Senior Leaving Certificate Examination (including Day School Certificate (Higher) General paper), 1949
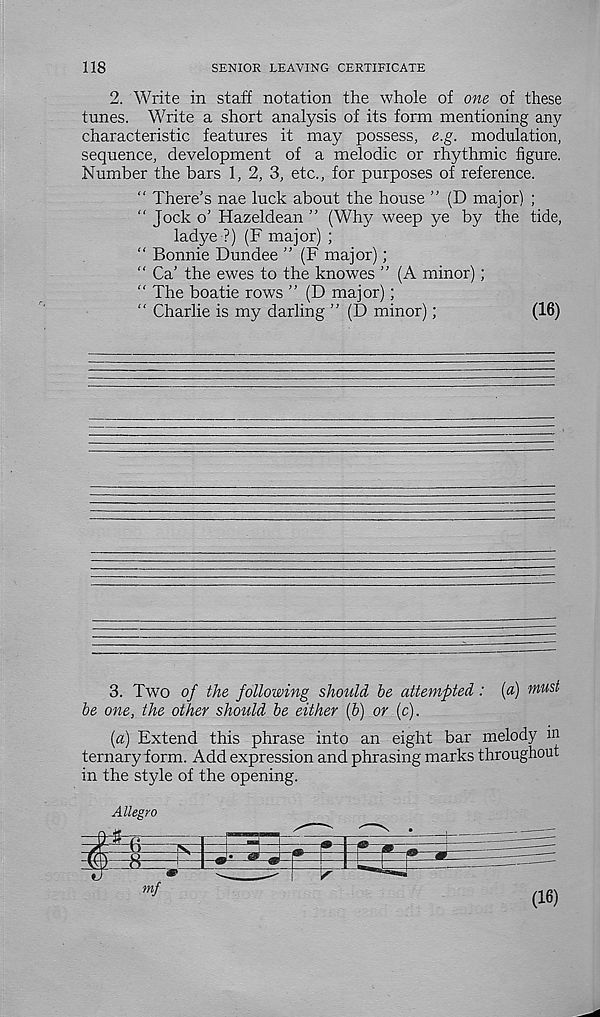
118
SENIOR LEAVING CERTIFICATE
2. Write in staff notation the whole of one of these
tunes. Write a short analysis of its form mentioning any
characteristic features it may possess, e.g. modulation,
sequence, development of a melodic or rhythmic figure.
Number the bars 1, 2, 3, etc., for purposes of reference.
“ There’s nae luck about the house ” (D major) ;
“ Jock o’ Hazeldean ” (Why weep ye by the tide,
ladye ?) (F major) ;
“ Bonnie Dundee ” (F major);
“ Ca’ the ewes to the knowes ” (A minor);
“ The boatie rows ” (D major);
“ Charlie is my darling ” (D minor);
(16)
3. Two of the following should be attempted: («) wust
be one, the other should be either (b) or (c).
(a) Extend this phrase into an eight bar melody m
ternary form. Add expression and phrasing marks throughout
in the style of the opening.
Allegro